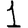
Digit: 1